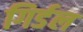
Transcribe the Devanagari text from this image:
गिर्डल